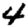
Digit: 4